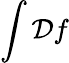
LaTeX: \int{\cal\mathcal{D}}f